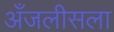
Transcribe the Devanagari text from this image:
अँजलीसला